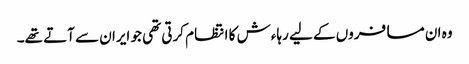
وہ ان مسافروں کے لیے رہاءش کا انتظام کرتی تھی جو ایران سے آتے تھے۔